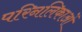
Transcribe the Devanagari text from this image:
परिनलिकाओं